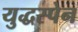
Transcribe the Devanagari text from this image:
युद्धस्पेन